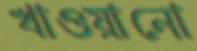
খাওয়ানো